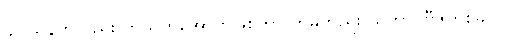
ချင်ယွန်ကလည်း ကသိကအောက်ဖြစ်ကာ တမူတည်း သဘာဝဗီဇတစ်ခုပင်